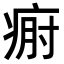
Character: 𤶡